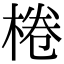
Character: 棬